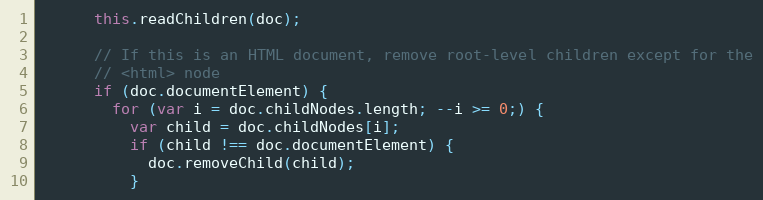
Language: JavaScript
      this.readChildren(doc);

      // If this is an HTML document, remove root-level children except for the
      // <html> node
      if (doc.documentElement) {
        for (var i = doc.childNodes.length; --i >= 0;) {
          var child = doc.childNodes[i];
          if (child !== doc.documentElement) {
            doc.removeChild(child);
          }